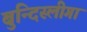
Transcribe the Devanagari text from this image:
बुन्दिस्लीगा